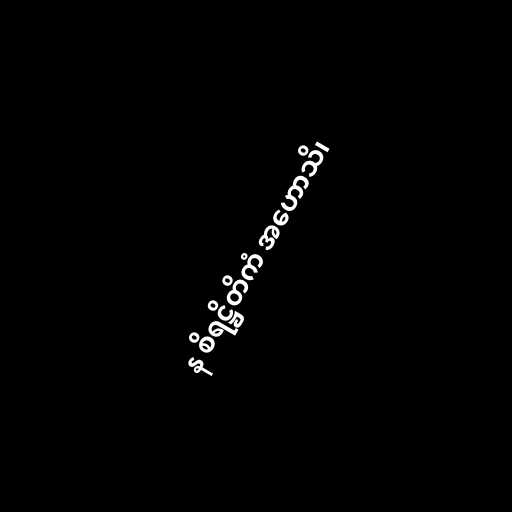
န စိရဋ္ဌိတိကံ အဟောသိ၊